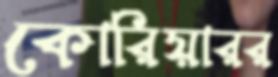
কোরিয়ারর